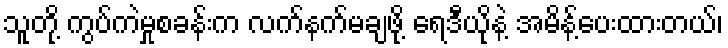
သူတို့ ကွပ်ကဲမှုစခန်းက လက်နက်မချဖို့ ရေဒီယိုနဲ့ အမိန့်ပေးထားတယ်၊